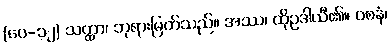
(ပေ-၁၂) သတ္ထာ၊ ဘုရားမြတ်သည်။ အဿ၊ ထိုဥဒါယီ၏။ ဝစနံ၊